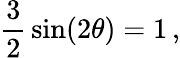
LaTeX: {\frac{3}{2}}\sin(2\theta)=1\, ,